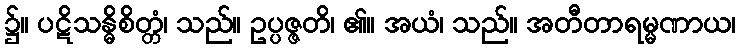
၌။ ပဋိသန္ဓိစိတ္တံ၊ သည်။ ဥပ္ပဇ္ဇတိ၊ ၏။ အယံ၊ သည်။ အတီတာရမ္မဏာယ၊